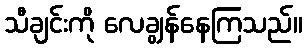
သီချင်းကို လေချွန်နေကြသည်။